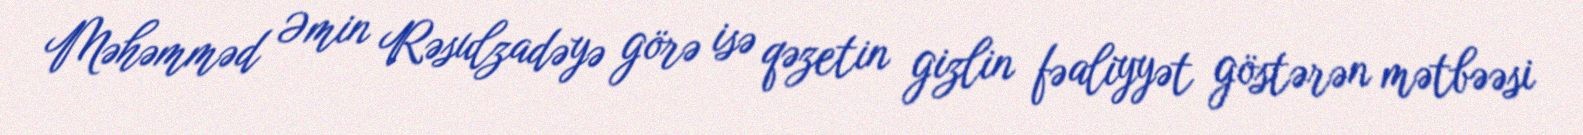
Məhəmməd Əmin Rəsulzadəyə görə isə qəzetin gizlin fəaliyyət göstərən mətbəəsi